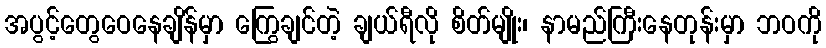
အပွင့်တွေဝေနေချိန်မှာ ကြွေချင်တဲ့ ချယ်ရီလို စိတ်မျိုး၊ နာမည်ကြီးနေတုန်းမှာ ဘဝကို